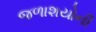
જળાશયોની